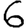
Digit: 6